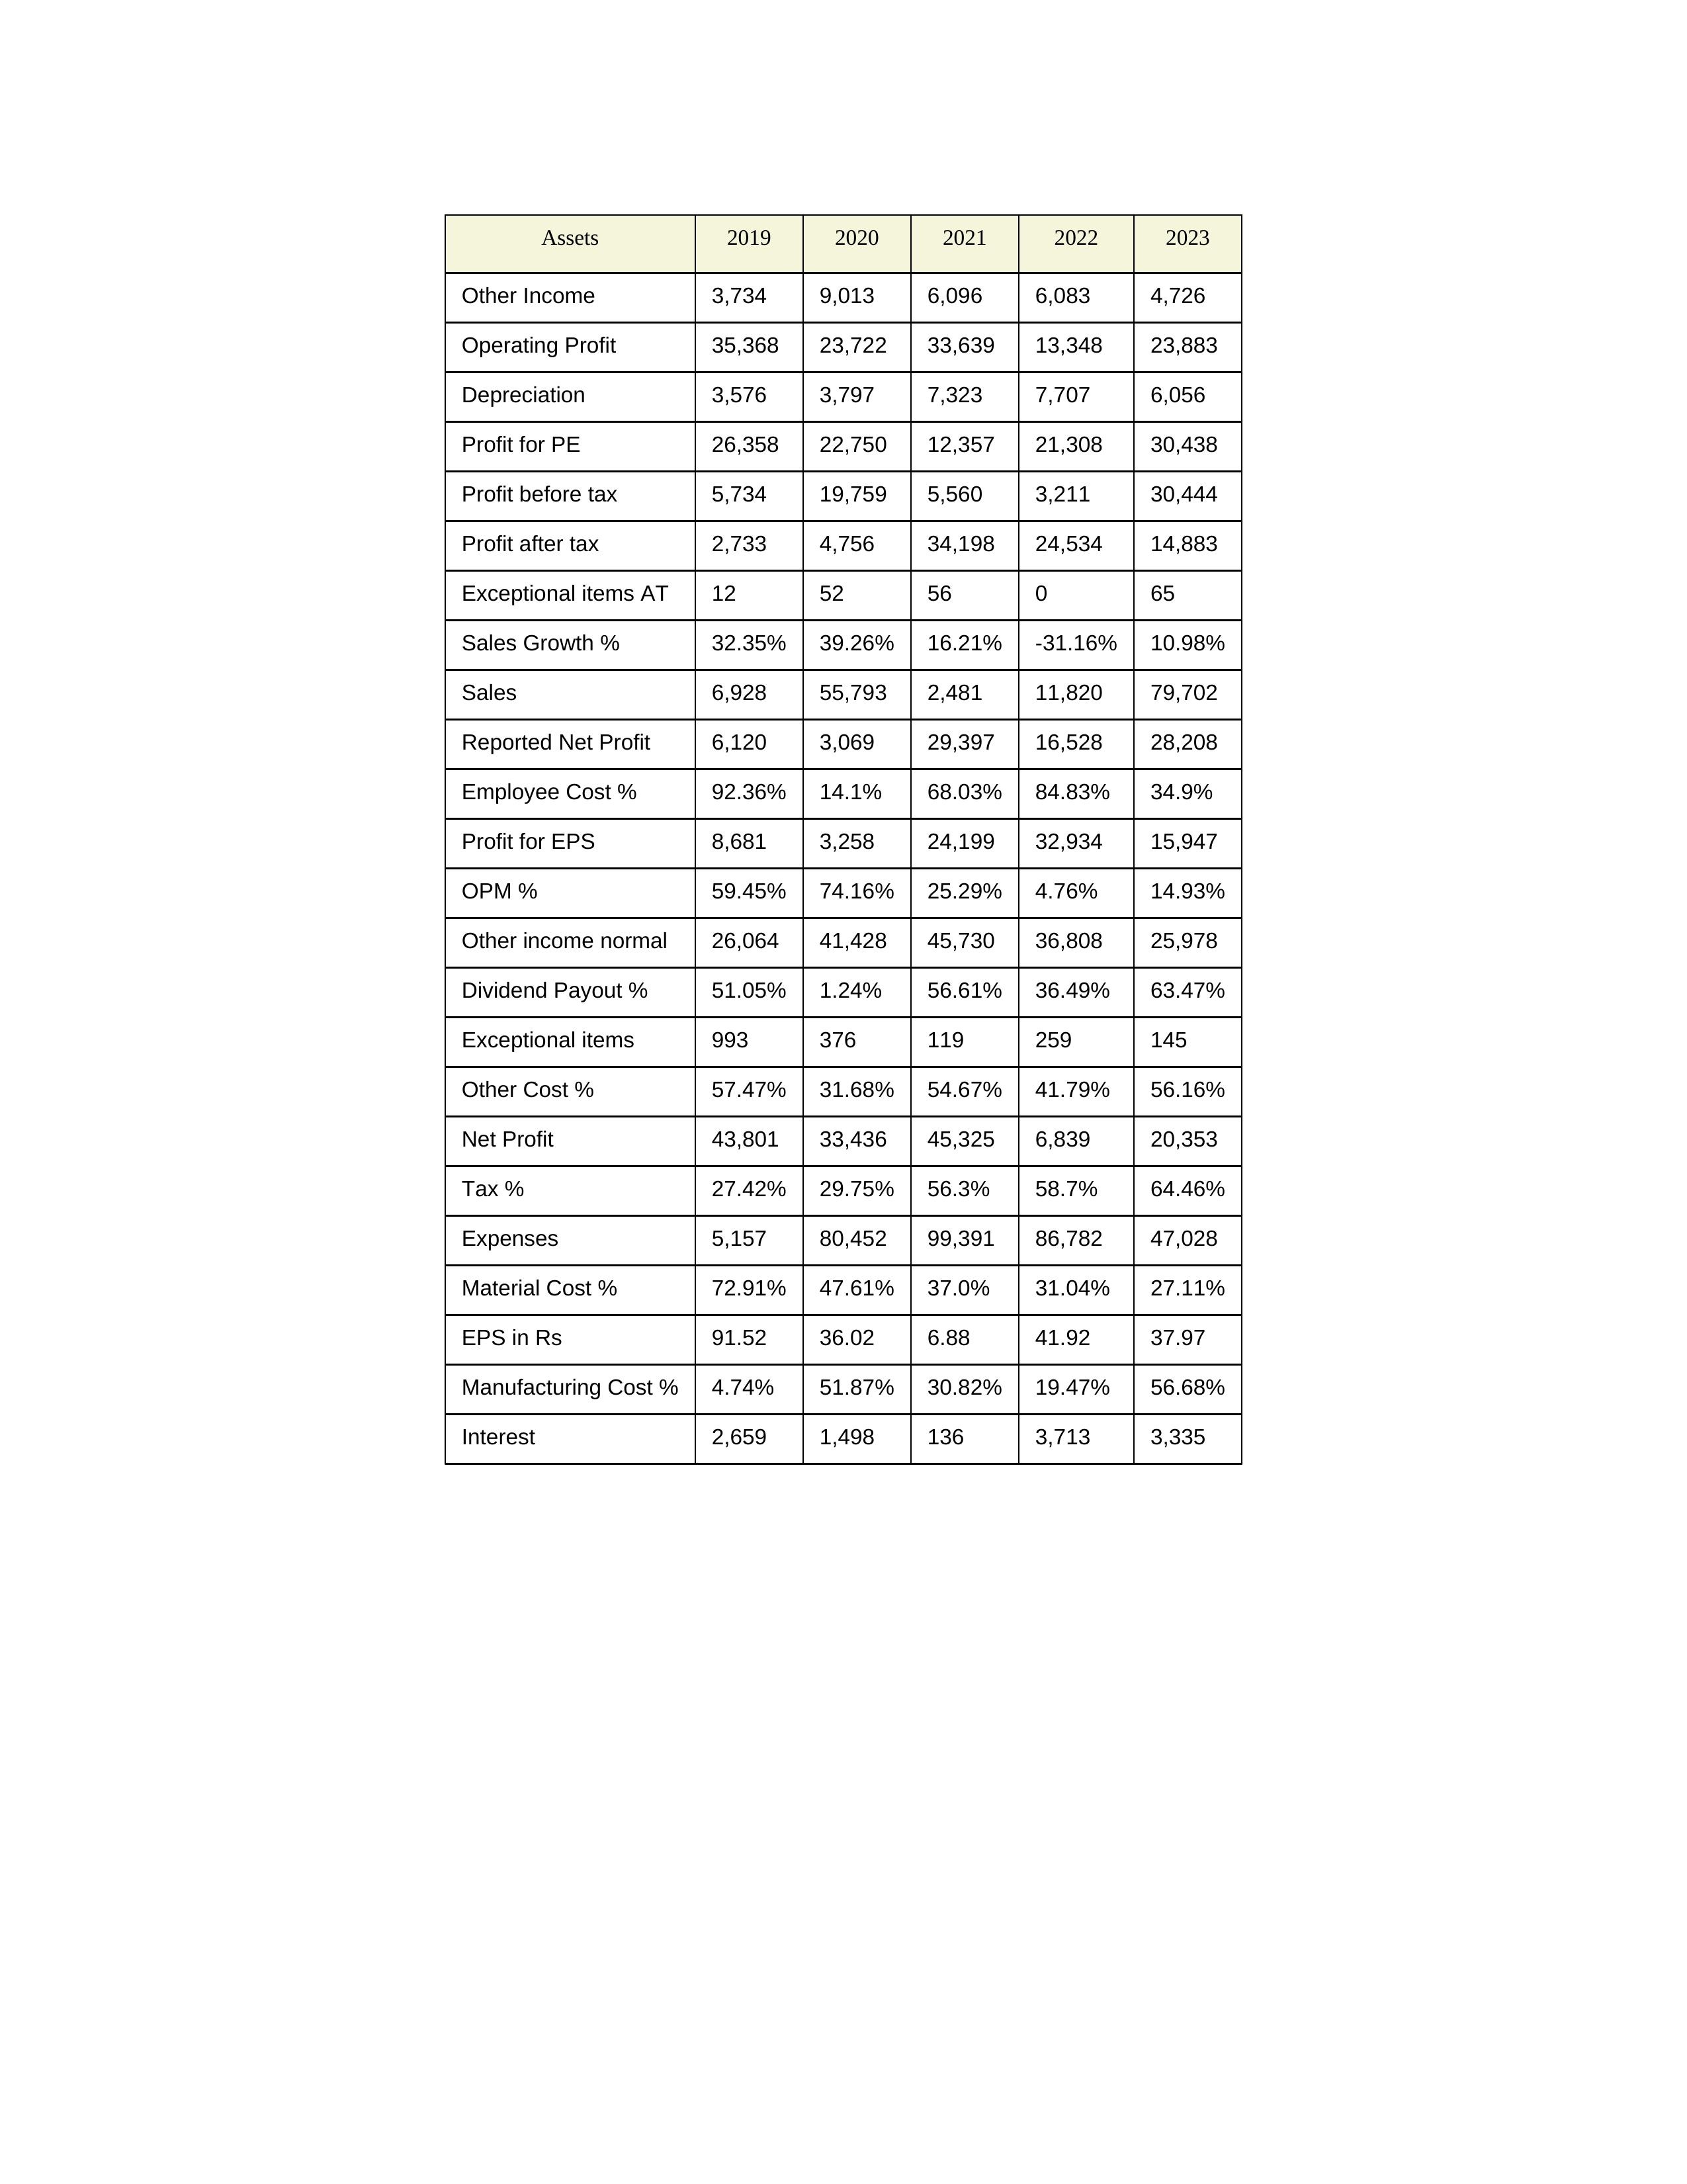
gt_parse: 2019: Sales: 6,928
Sales Growth %: 32.35%
Expenses: 5,157
Material Cost %: 72.91%
Manufacturing Cost %: 4.74%
Employee Cost %: 92.36%
Other Cost %: 57.47%
Operating Profit: 35,368
OPM %: 59.45%
Other Income: 3,734
Exceptional items: 993
Other income normal: 26,064
Interest: 2,659
Depreciation: 3,576
Profit before tax: 5,734
Tax %: 27.42%
Net Profit: 43,801
Profit after tax: 2,733
Reported Net Profit: 6,120
Profit for EPS: 8,681
Exceptional items AT: 12
Profit for PE: 26,358
EPS in Rs: 91.52
Dividend Payout %: 51.05%
2020: Sales: 55,793
Sales Growth %: 39.26%
Expenses: 80,452
Material Cost %: 47.61%
Manufacturing Cost %: 51.87%
Employee Cost %: 14.1%
Other Cost %: 31.68%
Operating Profit: 23,722
OPM %: 74.16%
Other Income: 9,013
Exceptional items: 376
Other income normal: 41,428
Interest: 1,498
Depreciation: 3,797
Profit before tax: 19,759
Tax %: 29.75%
Net Profit: 33,436
Profit after tax: 4,756
Reported Net Profit: 3,069
Profit for EPS: 3,258
Exceptional items AT: 52
Profit for PE: 22,750
EPS in Rs: 36.02
Dividend Payout %: 1.24%
2021: Sales: 2,481
Sales Growth %: 16.21%
Expenses: 99,391
Material Cost %: 37.0%
Manufacturing Cost %: 30.82%
Employee Cost %: 68.03%
Other Cost %: 54.67%
Operating Profit: 33,639
OPM %: 25.29%
Other Income: 6,096
Exceptional items: 119
Other income normal: 45,730
Interest: 136
Depreciation: 7,323
Profit before tax: 5,560
Tax %: 56.3%
Net Profit: 45,325
Profit after tax: 34,198
Reported Net Profit: 29,397
Profit for EPS: 24,199
Exceptional items AT: 56
Profit for PE: 12,357
EPS in Rs: 6.88
Dividend Payout %: 56.61%
2022: Sales: 11,820
Sales Growth %: -31.16%
Expenses: 86,782
Material Cost %: 31.04%
Manufacturing Cost %: 19.47%
Employee Cost %: 84.83%
Other Cost %: 41.79%
Operating Profit: 13,348
OPM %: 4.76%
Other Income: 6,083
Exceptional items: 259
Other income normal: 36,808
Interest: 3,713
Depreciation: 7,707
Profit before tax: 3,211
Tax %: 58.7%
Net Profit: 6,839
Profit after tax: 24,534
Reported Net Profit: 16,528
Profit for EPS: 32,934
Exceptional items AT: 0
Profit for PE: 21,308
EPS in Rs: 41.92
Dividend Payout %: 36.49%
2023: Sales: 79,702
Sales Growth %: 10.98%
Expenses: 47,028
Material Cost %: 27.11%
Manufacturing Cost %: 56.68%
Employee Cost %: 34.9%
Other Cost %: 56.16%
Operating Profit: 23,883
OPM %: 14.93%
Other Income: 4,726
Exceptional items: 145
Other income normal: 25,978
Interest: 3,335
Depreciation: 6,056
Profit before tax: 30,444
Tax %: 64.46%
Net Profit: 20,353
Profit after tax: 14,883
Reported Net Profit: 28,208
Profit for EPS: 15,947
Exceptional items AT: 65
Profit for PE: 30,438
EPS in Rs: 37.97
Dividend Payout %: 63.47%